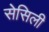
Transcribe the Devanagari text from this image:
सेसिली